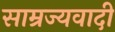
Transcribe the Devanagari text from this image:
साम्रज्यवादी